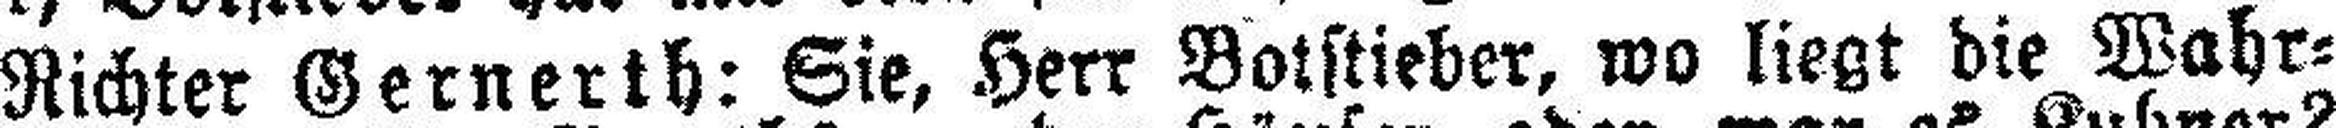
Richter Gernerth: Sie, Herr Botstieber, wo liegt die Wahr¬